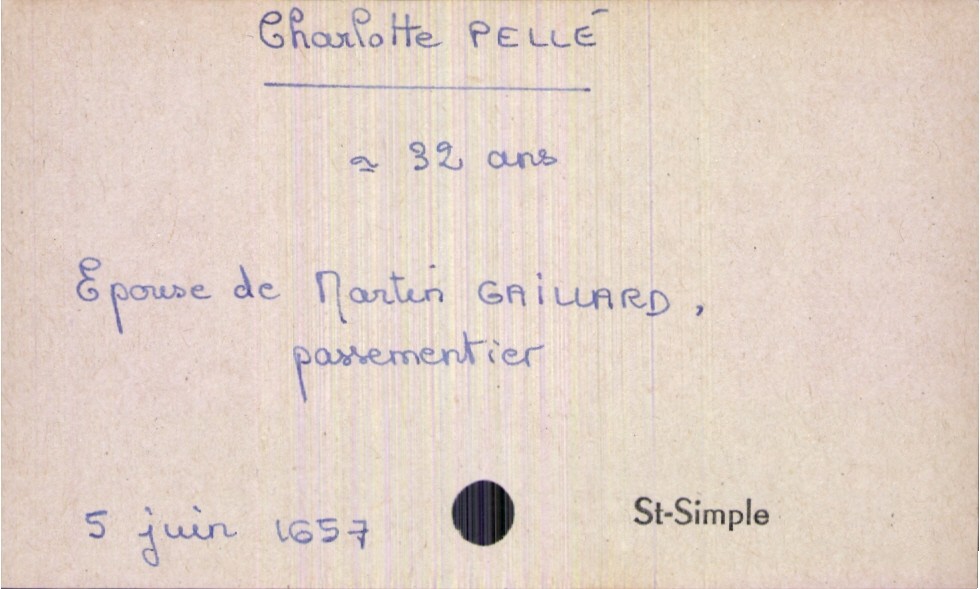
type_acte: Décès
année: 1657
mois: juin
jour: 5
paroisse: Saint-Simple
défunt_nom: Pellé
défunt_prénom: Charlotte
défunt_sexe: F
défunt_âge: 32 ans
défunt_statut: marié(e)